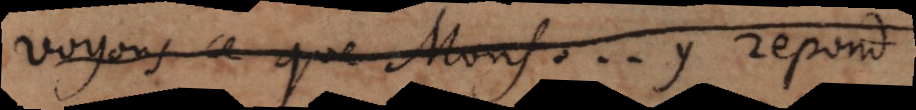
Voyons ce que Mons... y repond